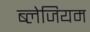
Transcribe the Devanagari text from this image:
ब्लेजियम